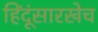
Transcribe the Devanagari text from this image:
हिंदूंसारखेच